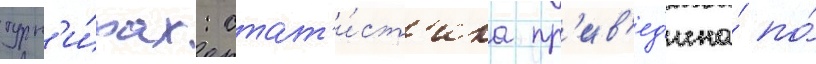
турн'и́рах: стат'и́ст'ика пр'ив'ед'ена́ по́